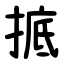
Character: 掋